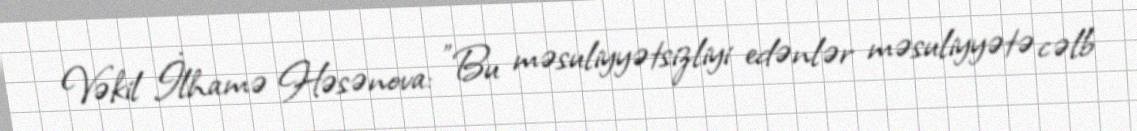
Vəkil İlhamə Həsənova: "Bu məsuliyyətsizliyi edənlər məsuliyyətə cəlb